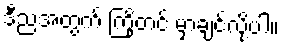
ဒီညအတွက် ကြိုတင် မှာချင်လို့ပါ။